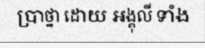
ប្រាថ្នា ដោយ អង្គុលី ទាំង